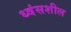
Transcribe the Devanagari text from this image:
ध्वंसशील